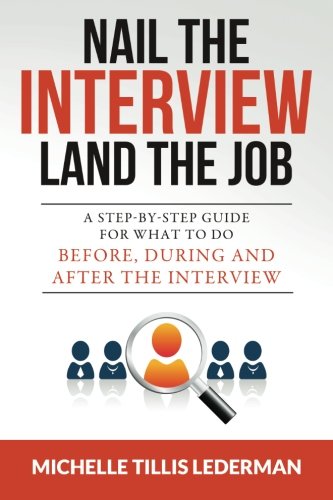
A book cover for Nail the Interview, Land the Job: A Step-by-Step Guide for What to Do Before, During and After the Interview; Michelle Tillis Lederman; Self-Help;